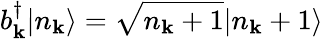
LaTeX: b_{\mathbf{k}}^{\dagger}|n_{\mathbf{k}}\rangle={\sqrt{n_{\mathbf{k}}+1}}|n_{\mathbf{k}}+1\rangle